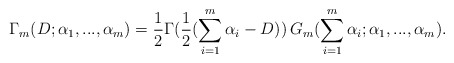
\begin{align*}\Gamma_m(D;\alpha_1,...,\alpha_m) = \frac{1}{2} \Gamma(\frac{1}{2}(\sum_{i=1}^m \alpha_i - D)) \, G_m(\sum_{i=1}^m \alpha_i;\alpha_1,...,\alpha_m).\end{align*}